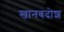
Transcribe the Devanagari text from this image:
खानबदोश